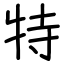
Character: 特